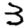
Digit: 3